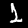
Digit: 1